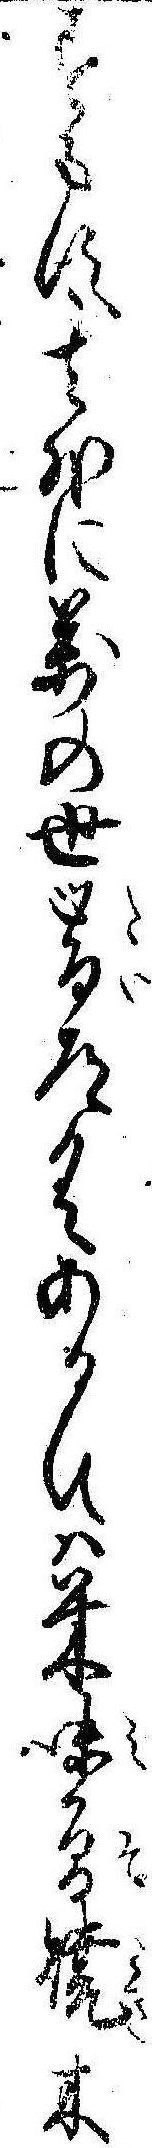
すます其外に万の世帯道具あるひは米味会焼木